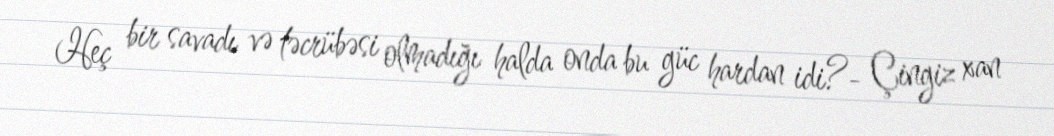
Heç bir savadı və təcrübəsi olmadığı halda onda bu güc hardan idi?- Çingiz xan